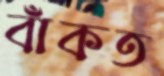
বাঁকত